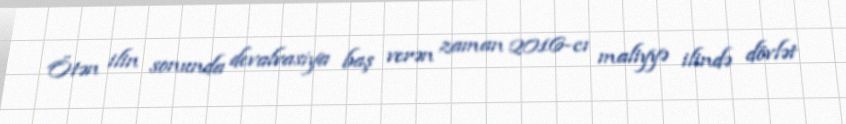
Ötən ilin sonunda devalvasiya baş verən zaman 2016-cı maliyyə ilində dövlət